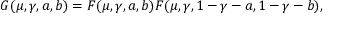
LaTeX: G ( \mu , \gamma , a , b ) = F ( \mu , \gamma , a , b ) F ( \mu , \gamma , 1 - \gamma - a , 1 - \gamma - b ) ,